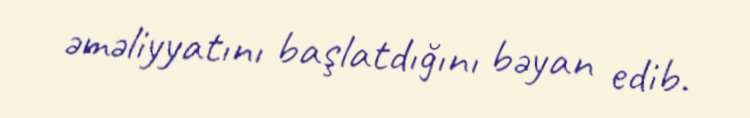
əməliyyatını başlatdığını bəyan edib.